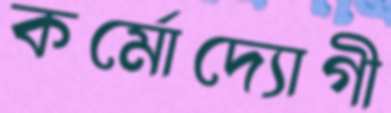
কর্মোদ্যোগী